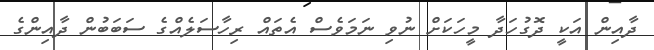
ދާއިން އަކީ ދޮގުހަދާ މީހަކަށް ނުވި ނަމަވެސް އެތައް ރިހާސަލެއްގެ ސަބަބުން ދާއިންގެ